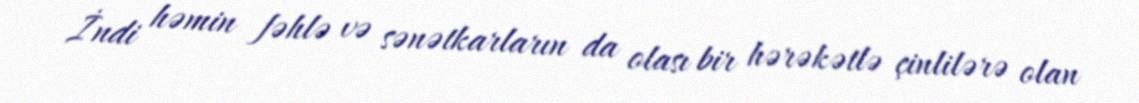
İndi həmin fəhlə və sənətkarların da olası bir hərəkətlə çinlilərə olan